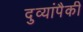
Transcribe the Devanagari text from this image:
दुव्यांपैकी